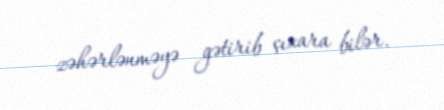
zəhərlənməyə gətirib çıxara bilər.